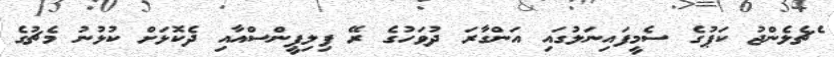
ެޗެލެންޖު ކަޕުގެ ސެމީފައިނަލުގައި އަންގާރަ ދުވަހުގެ ރޭ ފިލިޕީންސްއާއި ދެކޮޅަށް ކުޅުުނު މެޗުގެ